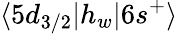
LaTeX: \langle 5d_{3/2}|h_{w}|6s^{+}\rangle